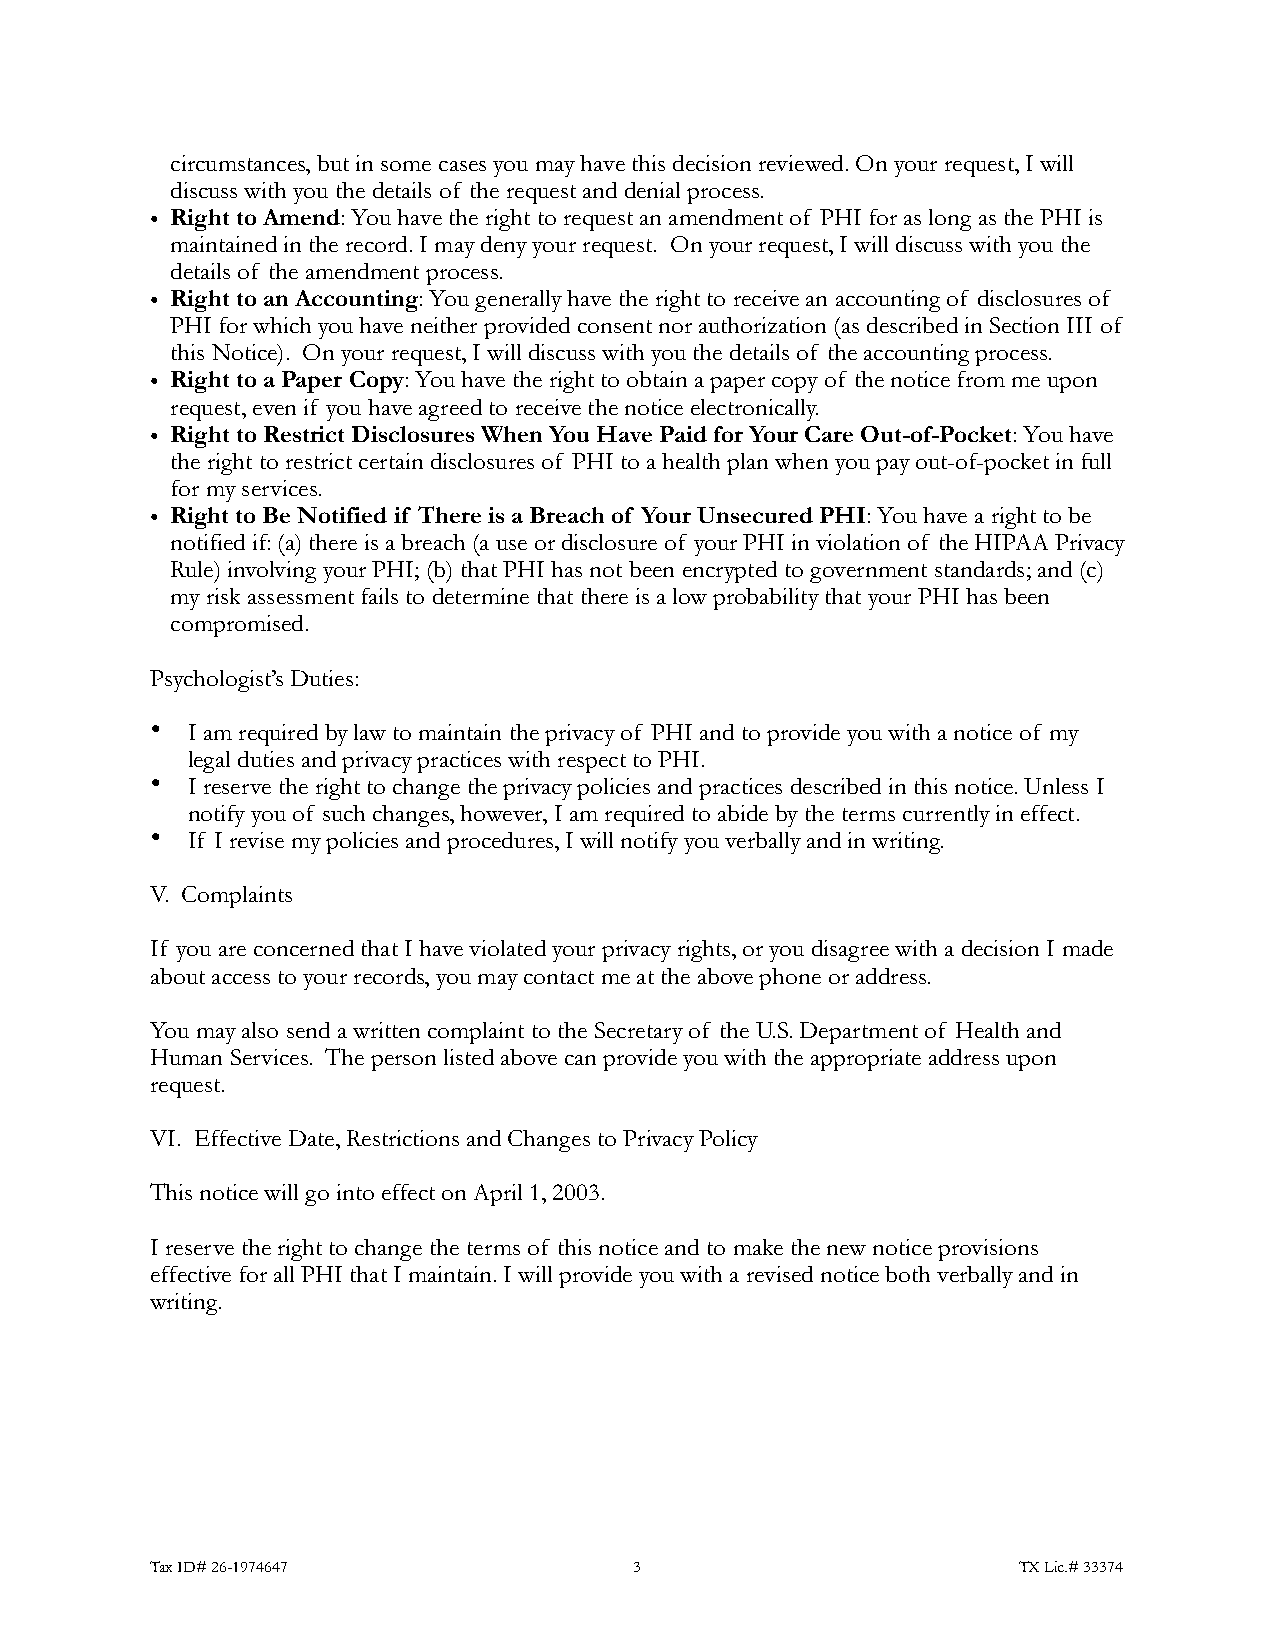
circumstances, but in some cases you may have this decision reviewed. On your request, I will
 discuss with you the details of the request and denial process.
 • Right to Amend: You have the right to request an amendment of PHI for as long as the PHI is
 maintained in the record. I may deny your request. On your request, I will discuss with you the
 details of the amendment process.
 • Right to an Accounting: You generally have the right to receive an accounting of disclosures of
 PHI for which you have neither provided consent nor authorization (as described in Section III of
 this Notice). On your request, I will discuss with you the details of the accounting process.
 • Right to a Paper Copy: You have the right to obtain a paper copy of the notice from me upon
 request, even if you have agreed to receive the notice electronically.
 • Right to Restrict Disclosures When You Have Paid for Your Care Out-of-Pocket: You have
 the right to restrict certain disclosures of PHI to a health plan when you pay out-of-pocket in full
 for my services.
 • Right to Be Notified if There is a Breach of Your Unsecured PHI: You have a right to be
 notified if: (a) there is a breach (a use or disclosure of your PHI in violation of the HIPAA Privacy
 Rule) involving your PHI; (b) that PHI has not been encrypted to government standards; and (c)
 my risk assessment fails to determine that there is a low probability that your PHI has been
 !compromised.
 P!sychologist’s Duties:
 • I am required by law to maintain the privacy of PHI and to provide you with a notice of my
 legal duties and privacy practices with respect to PHI.
 • I reserve the right to change the privacy policies and practices described in this notice. Unless I
 notify you of such changes, however, I am required to abide by the terms currently in effect.
 •! If I revise my policies and procedures, I will notify you verbally and in writing.
 V!. Complaints
 If you are concerned that I have violated your privacy rights, or you disagree with a decision I made
 a!bout access to your records, you may contact me at the above phone or address.
 You may also send a written complaint to the Secretary of the U.S. Department of Health and
 Human Services. The person listed above can provide you with the appropriate address upon
 r!equest.
 V!I. Effective Date, Restrictions and Changes to Privacy Policy
 T!his notice will go into effect on April 1, 2003.
 I reserve the right to change the terms of this notice and to make the new notice provisions
 effective for all PHI that I maintain. I will provide you with a revised notice both verbally and in
 writing.
 Tax ID# 26-1974647              !3                       TX Lic.# 33374